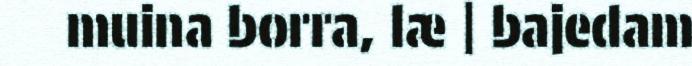
muina borra, læ | bajedam